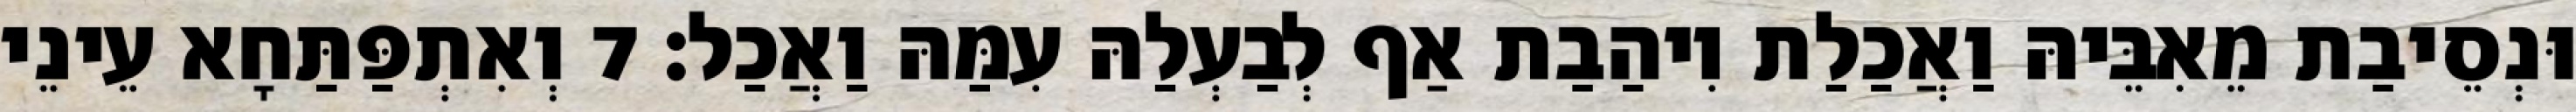
וּנְסֵיבַת מֵאִבֵּיהּ וַאֲכַלַת וִיהַבַת אַף לְבַעְלַהּ עִמַּהּ וַאֲכַל׃ 7 וְאִתְפַּתַּחָא עֵינֵי